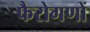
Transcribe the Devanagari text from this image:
फैरोगणों